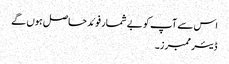
اس سے آپ کو بے شمار فوئد حاصل ہوں گے
ڈیئر ممبرز۔